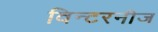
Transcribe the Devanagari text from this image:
विन्टरनीज